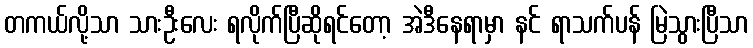
တကယ်လို့သာ သားဦးလေး ရလိုက်ပြီဆိုရင်တော့ အဲဒီနေရာမှာ နင် ရာသက်ပန် မြဲသွားပြီသာ